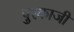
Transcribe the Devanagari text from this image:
पुरकाजी